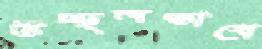
উচ্ছলভাবে